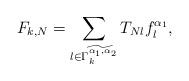
LaTeX: \begin{align*}F_{k,N}=\sum_{l\in \widetilde{\Gamma _{k}^{\alpha _{1},\alpha _{2}}}}T_{Nl}f_{l}^{\alpha _{1}},\end{align*}